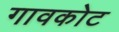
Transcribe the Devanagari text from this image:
गावकोट